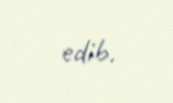
edib.